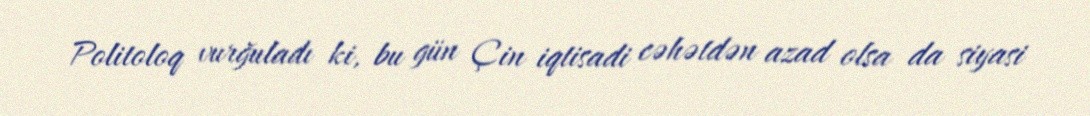
Politoloq vurğuladı ki, bu gün Çin iqtisadi cəhətdən azad olsa da siyasi